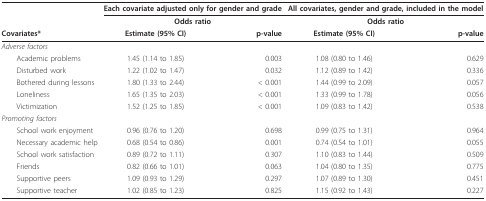
|  | <COLSPAN=2> Each covariate adjusted only for gender and grade | <COLSPAN=2> All covariates, gender and grade, included in the model |
 |  | <COLSPAN=2> Odds ratio | <COLSPAN=2> Odds ratio |
 | Covariates* | Estimate (95% CI) | p-value | Estimate (95% CI) | p-value |
 | --- | --- | --- | --- | --- |
 | Adverse factors |  |  |  |  |
 | Academic problems | 1.45 (1.14 to 1.85) | 0.003 | 1.08 (0.80 to 1.46) | 0.629 |
 | Disturbed work | 1.22 (1.02 to 1.47) | 0.032 | 1.12 (0.89 to 1.42) | 0.336 |
 | Bothered during lessons | 1.80 (1.33 to 2.44) | < 0.001 | 1.44 (0.99 to 2.09) | 0.057 |
 | Loneliness | 1.65 (1.35 to 2.03) | < 0.001 | 1.33 (0.99 to 1.78) | 0.056 |
 | Victimization | 1.52 (1.25 to 1.85) | < 0.001 | 1.09 (0.83 to 1.42) | 0.538 |
 | Promoting factors |  |  |  |  |
 | School work enjoyment | 0.96 (0.76 to 1.20) | 0.698 | 0.99 (0.75 to 1.31) | 0.964 |
 | Necessary academic help | 0.68 (0.54 to 0.86) | 0.001 | 0.74 (0.54 to 1.01) | 0.055 |
 | School work satisfaction | 0.89 (0.72 to 1.11) | 0.307 | 1.10 (0.83 to 1.44) | 0.509 |
 | Friends | 0.82 (0.66 to 1.01) | 0.063 | 1.04 (0.80 to 1.35) | 0.775 |
 | Supportive peers | 1.09 (0.93 to 1.29) | 0.297 | 1.07 (0.89 to 1.30) | 0.451 |
 | Supportive teacher | 1.02 (0.85 to 1.23) | 0.825 | 1.15 (0.92 to 1.43) | 0.227 |